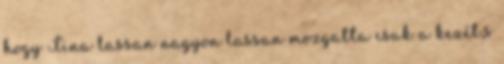
hogy Tina lassan nagyon lassan mozgatta csak a kezét,s